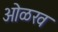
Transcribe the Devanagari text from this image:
आेळख